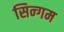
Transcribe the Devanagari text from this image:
सिन्गम